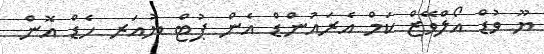
ޔޫ ވުޑް އޯލްވޭޒް ކަމް އެރައުންޑް އެން ޕުޓް ޔުއަރ ހެޑް އޮން